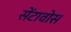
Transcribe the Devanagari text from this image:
सेंटावोस